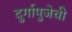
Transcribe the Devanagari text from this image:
दुर्गापुजेची